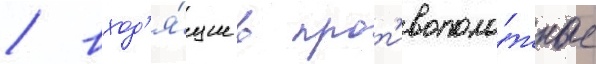
/ вход'я́щие в прот'ивополо́жные